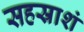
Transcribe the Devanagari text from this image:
सहस्राशं